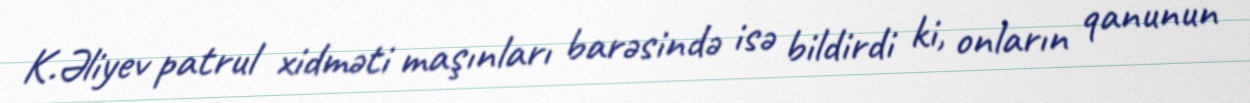
K.Əliyev patrul xidməti maşınları barəsində isə bildirdi ki, onların qanunun